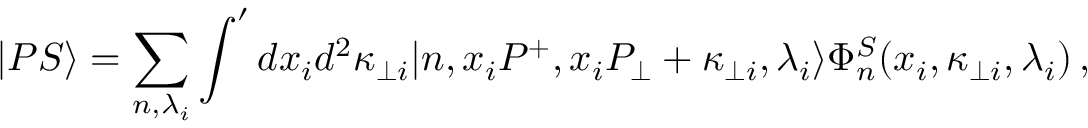
| P S \rangle = \sum _ { n , \lambda _ { i } } \int ^ { \prime } d x _ { i } d ^ { 2 } \kappa _ { \bot i } | n , x _ { i } P ^ { + } , x _ { i } P _ { \bot } + \kappa _ { \bot i } , \lambda _ { i } \rangle \Phi _ { n } ^ { S } ( x _ { i } , \kappa _ { \bot i } , \lambda _ { i } ) \, ,